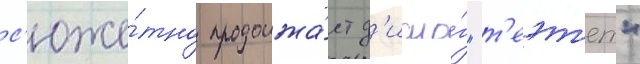
с'юже́тно продолжа́ет д'иало́г "т'еэт'ет"